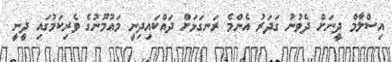
އިސްލާމް ދީނަށް ދެވުނު ގަދަރު އެންމެ ރަނގަޅަށް ދައްކައިދިނީ މައުމޫނުގެ ވެރިކަމުގައި ދީނީ